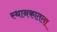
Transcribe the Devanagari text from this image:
स्थानकातला